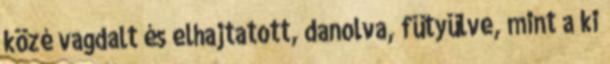
közé vagdalt és elhajtatott, danolva, fütyülve, mint a ki